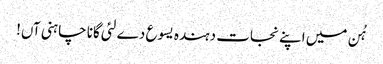
ہُن میں اپنے نجات دہندہ یسوع دے لئی گانا چاہنی آں!